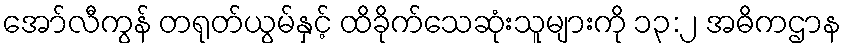
အော်လီကွန် တရုတ်ယွမ်နှင့် ထိခိုက်သေဆုံးသူများကို ၁၃:၂ အဓိကဌာန